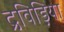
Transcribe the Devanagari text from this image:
द्रविड़िया